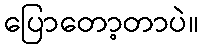
ပြောတော့တာပဲ။